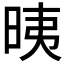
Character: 𣆰